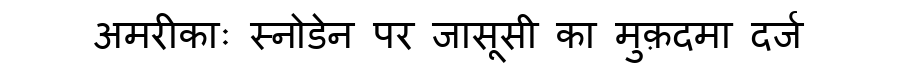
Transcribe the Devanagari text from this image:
अमरीकाः स्नोडेन पर जासूसी का मुक़दमा दर्ज